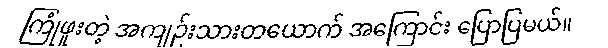
ကြုံဖူးတဲ့ အကျဉ်းသားတယောက် အကြောင်း ပြောပြမယ်။